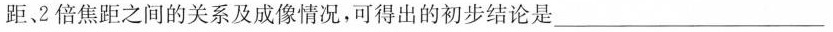
距、2倍焦距之间的关系及成像情况，可得出的初步结论是___